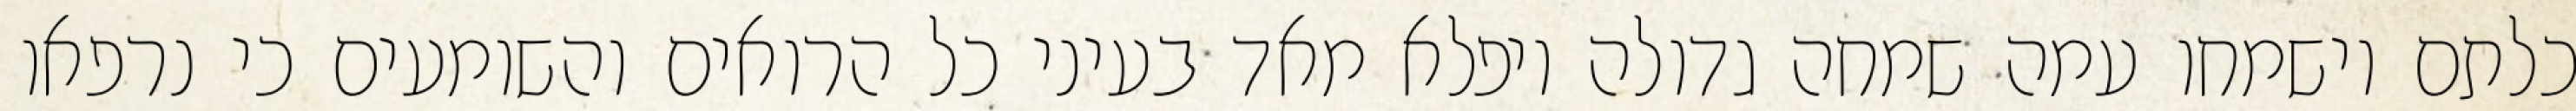
כלתם וישמחו עמה שמחה גדולה ויפלא מאד בעיני כל הרואים והשומעים כי נרפאו